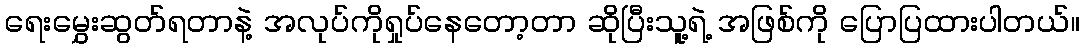
ရေးမွှေးဆွတ်ရတာနဲ့ အလုပ်ကိုရှုပ်နေတော့တာ ဆိုပြီးသူ့ရဲ့ အဖြစ်ကို ပြောပြထားပါတယ်။